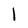
Character: 1